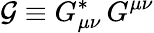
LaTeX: {\cal G}\equiv G_{\mu\nu}^{\ast}\, G^{\mu\nu}